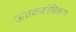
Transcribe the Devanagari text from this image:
ऊतककोशिकता